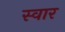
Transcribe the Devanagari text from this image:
स्‍वार